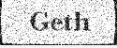
Geth